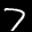
Label: 7